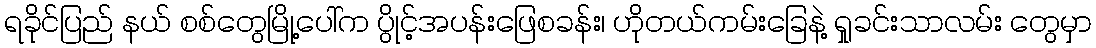
ရခိုင်ပြည် နယ် စစ်တွေမြို့ပေါ်က ပွိုင့်အပန်းဖြေစခန်း၊ ဟိုတယ်ကမ်းခြေနဲ့ ရှုခင်းသာလမ်း တွေမှာ